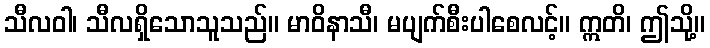
သီလဝါ၊ သီလရှိသောသူသည်။ မာဝိနာသီ၊ မပျက်စီးပါစေလင့်။ ဣတိ၊ ဤသို့။